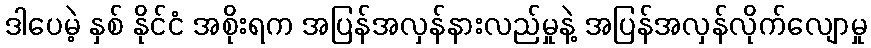
ဒါပေမဲ့ နှစ် နိုင်ငံ အစိုးရက အပြန်အလှန်နားလည်မှုနဲ့ အပြန်အလှန်လိုက်လျောမှု